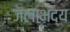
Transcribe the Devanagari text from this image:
जलाभद्य